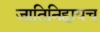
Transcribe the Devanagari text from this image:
जातिनिहायच